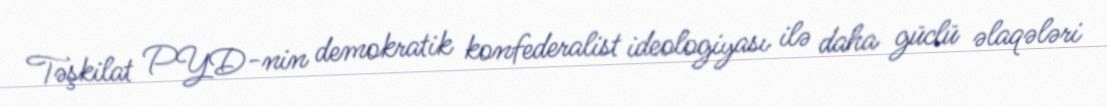
Təşkilat PYD-nin demokratik konfederalist ideologiyası ilə daha güclü əlaqələri